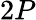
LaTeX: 2P